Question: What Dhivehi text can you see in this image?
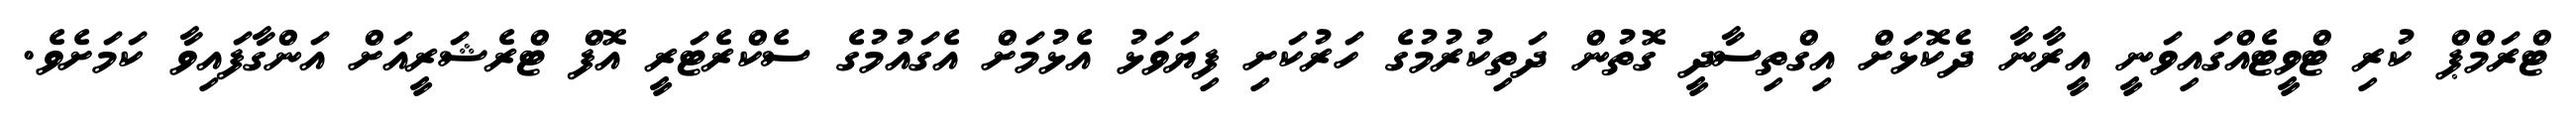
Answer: ޓްރަމްޕް ކުރި ޓްވީޓެއްގައިވަނީ އީރާނާ ދެކޮޅަށް އިގްތިސާދީ ގޮތުން ދަތިކުރުމުގެ ހަރުކަށި ފިޔަވަޅު އެޅުމަށް އެގައުމުގެ ސެކްރެޓަރީ އޮފް ޓްރެޝަރީއަށް އަންގާފައިވާ ކަމަށެވެ.